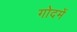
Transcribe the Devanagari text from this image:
गोदमें